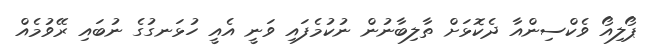
ޕޯލިއޯ ވެކްސިންއާ ދެކޮޅަށް ތާލިބާނުން ނުކުމެފައި ވަނީ އެއީ ހުޅަނގުގެ ނުބައި ރޭވުމެއް